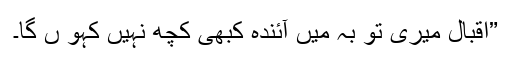
”اقبال میری تو بہ میں آئندہ کبھی کچھ نہیں کہو ں گا۔